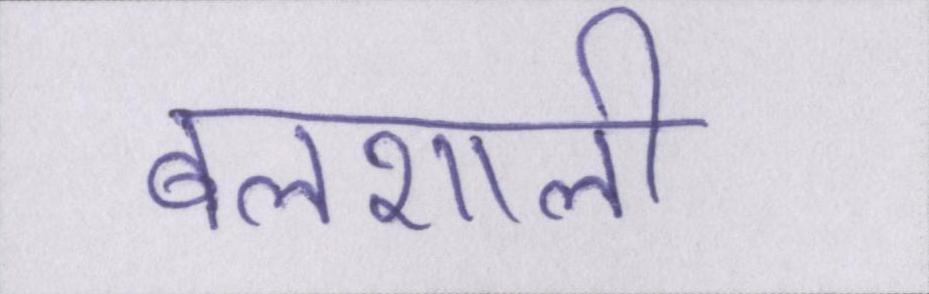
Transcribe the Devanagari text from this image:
बलशाली